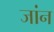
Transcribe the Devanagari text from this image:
जांन